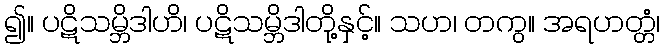
၍။ ပဋိသမ္ဘိဒါဟိ၊ ပဋိသမ္ဘိဒါတို့နှင့်။ သဟ၊ တကွ။ အရဟတ္တံ၊